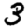
Digit: 3